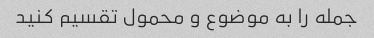
جمله را به موضوع و محمول تقسیم کنید